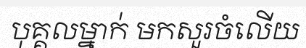
បុគ្គលម្នាក់ មកសួរចំលើយ